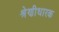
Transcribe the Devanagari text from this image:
श्रेणीधारक